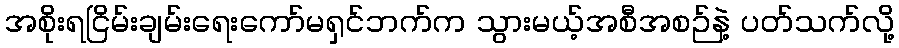
အစိုးရငြိမ်းချမ်းရေးကော်မရှင်ဘက်က သွားမယ့်အစီအစဉ်နဲ့ ပတ်သက်လို့